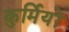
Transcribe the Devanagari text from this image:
कुर्मियों